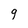
Character: q